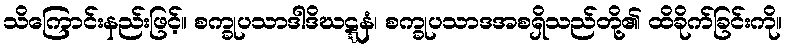
သိကြောင်းနည်းဖြင့်။ စက္ခုပသာဒါဒိဃဋ္ဋနံ၊ စက္ခုပသာဒအစရှိသည်တို့၏ ထိခိုက်ခြင်းကို။